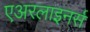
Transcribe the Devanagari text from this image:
एअरलाइनर्स